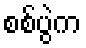
စစ်ပွဲက